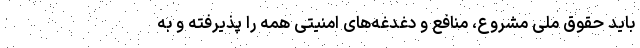
باید حقوق ملی مشروع، منافع و دغدغه‌های امنیتی همه را پذیرفته و به